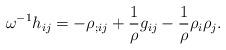
LaTeX: \begin{align*}\omega^{-1}h_{ij}=-\rho_{;ij}+\frac{1}{\rho}g_{ij}-\frac{1}{\rho}\rho_{i}\rho_{j}.\end{align*}